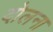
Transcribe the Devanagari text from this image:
दोलना